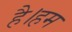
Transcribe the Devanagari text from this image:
है।हम